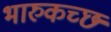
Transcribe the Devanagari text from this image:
भारुकच्छ